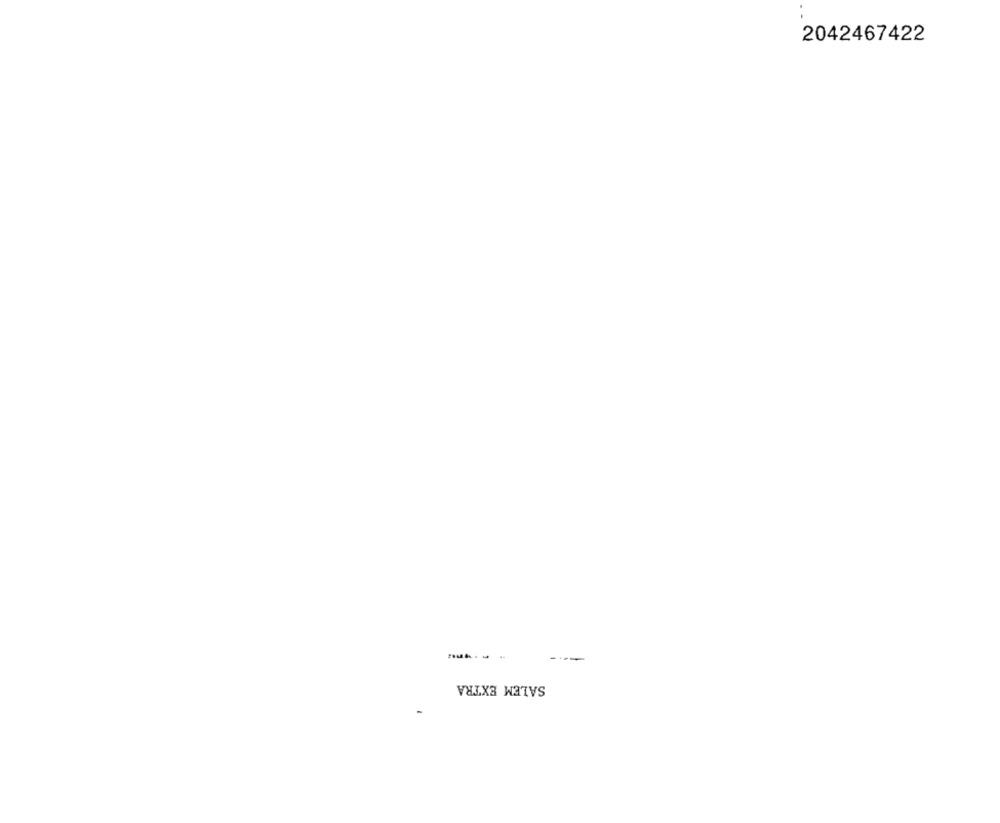
2042467422
SALEM EXTRA